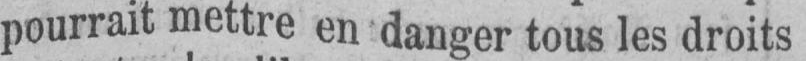
pourrait mettre en danger tous les droits